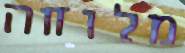
מלוחה